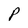
Character: P